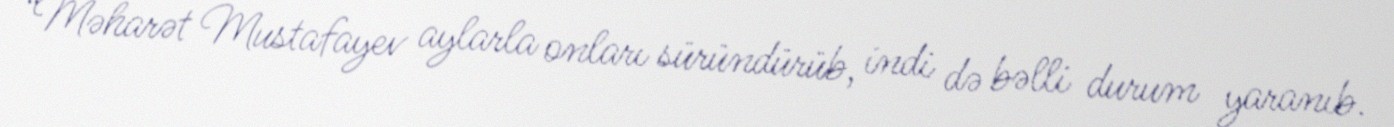
“Məharət Mustafayev aylarla onları süründürüb, indi də bəlli durum yaranıb.